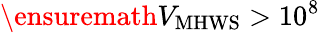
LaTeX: \ensuremath{V_{\mathrm{MHWS}}}>10^{8}